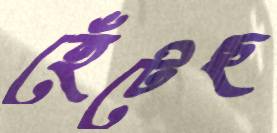
হেঁটেছ